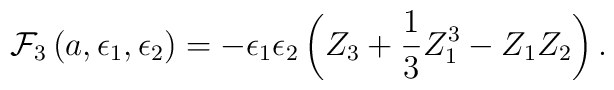
{\cal F}_3\left(a, \epsilon_1,\epsilon_2\right)=-\epsilon_1 \epsilon_2 \left(Z_3 +\frac{1}{3} Z_1^3 - Z_1 Z_2 \right).